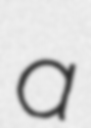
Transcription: a